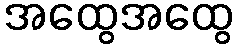
အထွေအထွေ